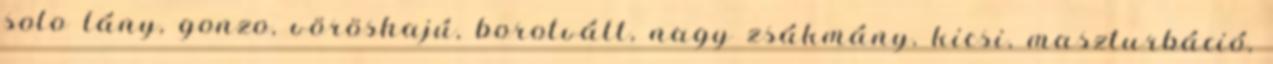
solo lány, gonzo, vöröshajú, borotvált, nagy zsákmány, kicsi, maszturbáció,